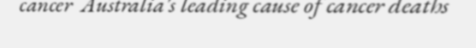
cancer  Australia's leading cause of cancer deaths